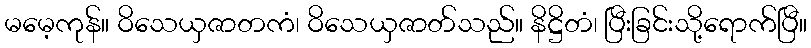
မမေ့ကုန်။ ဝိသေယှဇာတကံ၊ ဝိသေယှဇာတ်သည်။ နိဋ္ဌိတံ၊ ပြီးခြင်းသို့ရောက်ပြီ။